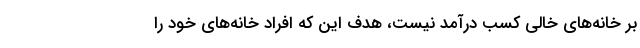
بر خانه‌های خالی کسب درآمد نیست، هدف این که افراد خانه‌های خود را